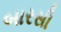
બારસી